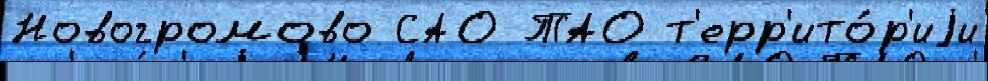
Новогромово САО ТАО т'ерр'ито́р'иjи